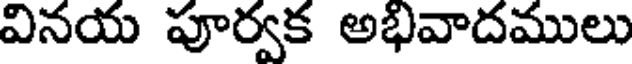
వినయ పూర్వక అభివాదములు